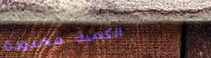
الكمية محدودة